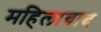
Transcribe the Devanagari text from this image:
महिलावाद